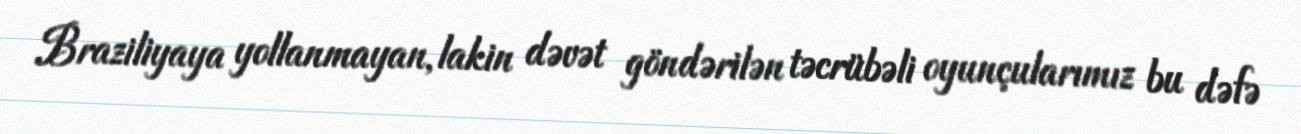
Braziliyaya yollanmayan, lakin dəvət göndərilən təcrübəli oyunçularımız bu dəfə